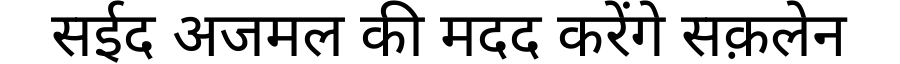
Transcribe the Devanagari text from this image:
सईद अजमल की मदद करेंगे सक़लेन